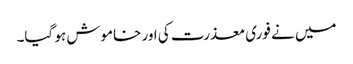
میں نے فوری معذرت کی اور خاموش ہو گیا۔